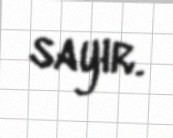
sayır.